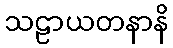
သဠာယတနာနိ